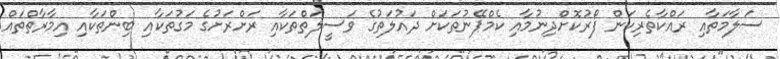
ސަލާމަތާއި ރައްކާތެރިކަން ފޯރުކޮށްދިނުމާއި ކެމްޕޭނުތަކަށް ދައުލަތުގެ ވަސީލަތްތަކާއި ރަށްރަށުގެ މަގުތަކާއި ބިންތަކާއި އިމާރާތްތައް